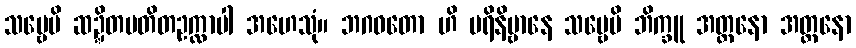
သဗ္ဗေပိ ဆဍ္ဍိတပတိတဥက္လာပါ အဟေသုံ။ ဘဂဝတော ဟိ ပရိနိဗ္ဗာနေ သဗ္ဗေပိ ဘိက္ခူ အတ္တနော အတ္တနော